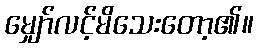
မျှော်လင့်မိသေးတော့၏။